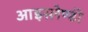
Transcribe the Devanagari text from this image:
आइस्लैण्डी